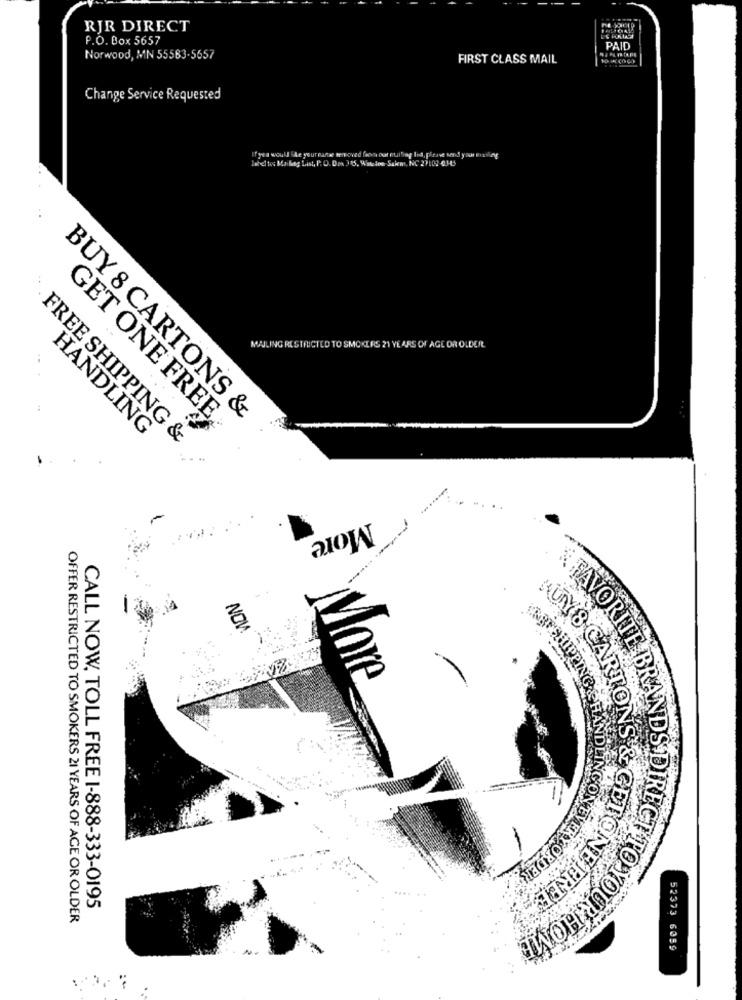
RJR DIRECT
P.O. Box 5657
PAID
Norwood, MN 55563-5657
FIRST CLASS MAIL
Change Service Requested
IFyou would Be yourrande
tempoved foot Dl nulblog Ind, pirave
MAJLING RESTRICTED TO SMOKERS 21 YEARS OF AGE OR OLDER.
BUY 8 CARTONS &
GET ONE FREE
HANDLING
FREE SHIPPING &
More
NOW
FAVORIT
KUY8 CA
More
TwoHanOKOL
FTONE
CALL NOW. TOLL FREE 1-888-333-0195
OFFER RESTRICTED TO SMOKERS 21 YEARS OF AGE OR OLDER
52373 6059